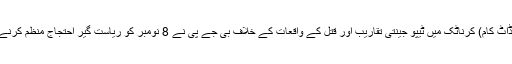
6 نومبر (سیاست ڈاٹ کام) کرناٹک میں ٹیپو جینتی تقاریب اور قتل کے واقعات کے خلاف بی جے پی نے 8 نومبر کو ریاست گیر احتجاج منظم کرنے کا اعلان کیا ہے۔